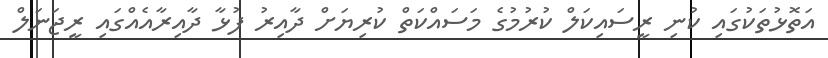
އަތޮޅުތަކުގައި ކުނި ރީސައިކަލް ކުރުމުގެ މަސައްކަތް ކުރިޔަށް ދާއިރު ފުޅާ ދާއިރާއެއްގައި ރީޖަނަލް